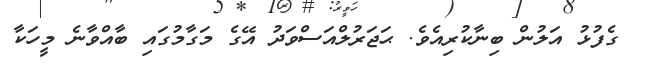
ގެފުޅު އަލުން ބިނާކުރިއެވެ. ޙަޖަރުލްއަސްވަދު އޭގެ މަގާމުގައި ބާއްވާނެ މީހަކާ